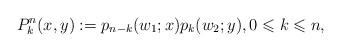
LaTeX: \begin{align*} P_k^n(x,y) := p_{n-k}(w_1;x)p_k(w_2;y), 0 \leqslant k \leqslant n,\end{align*}